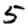
Digit: 5